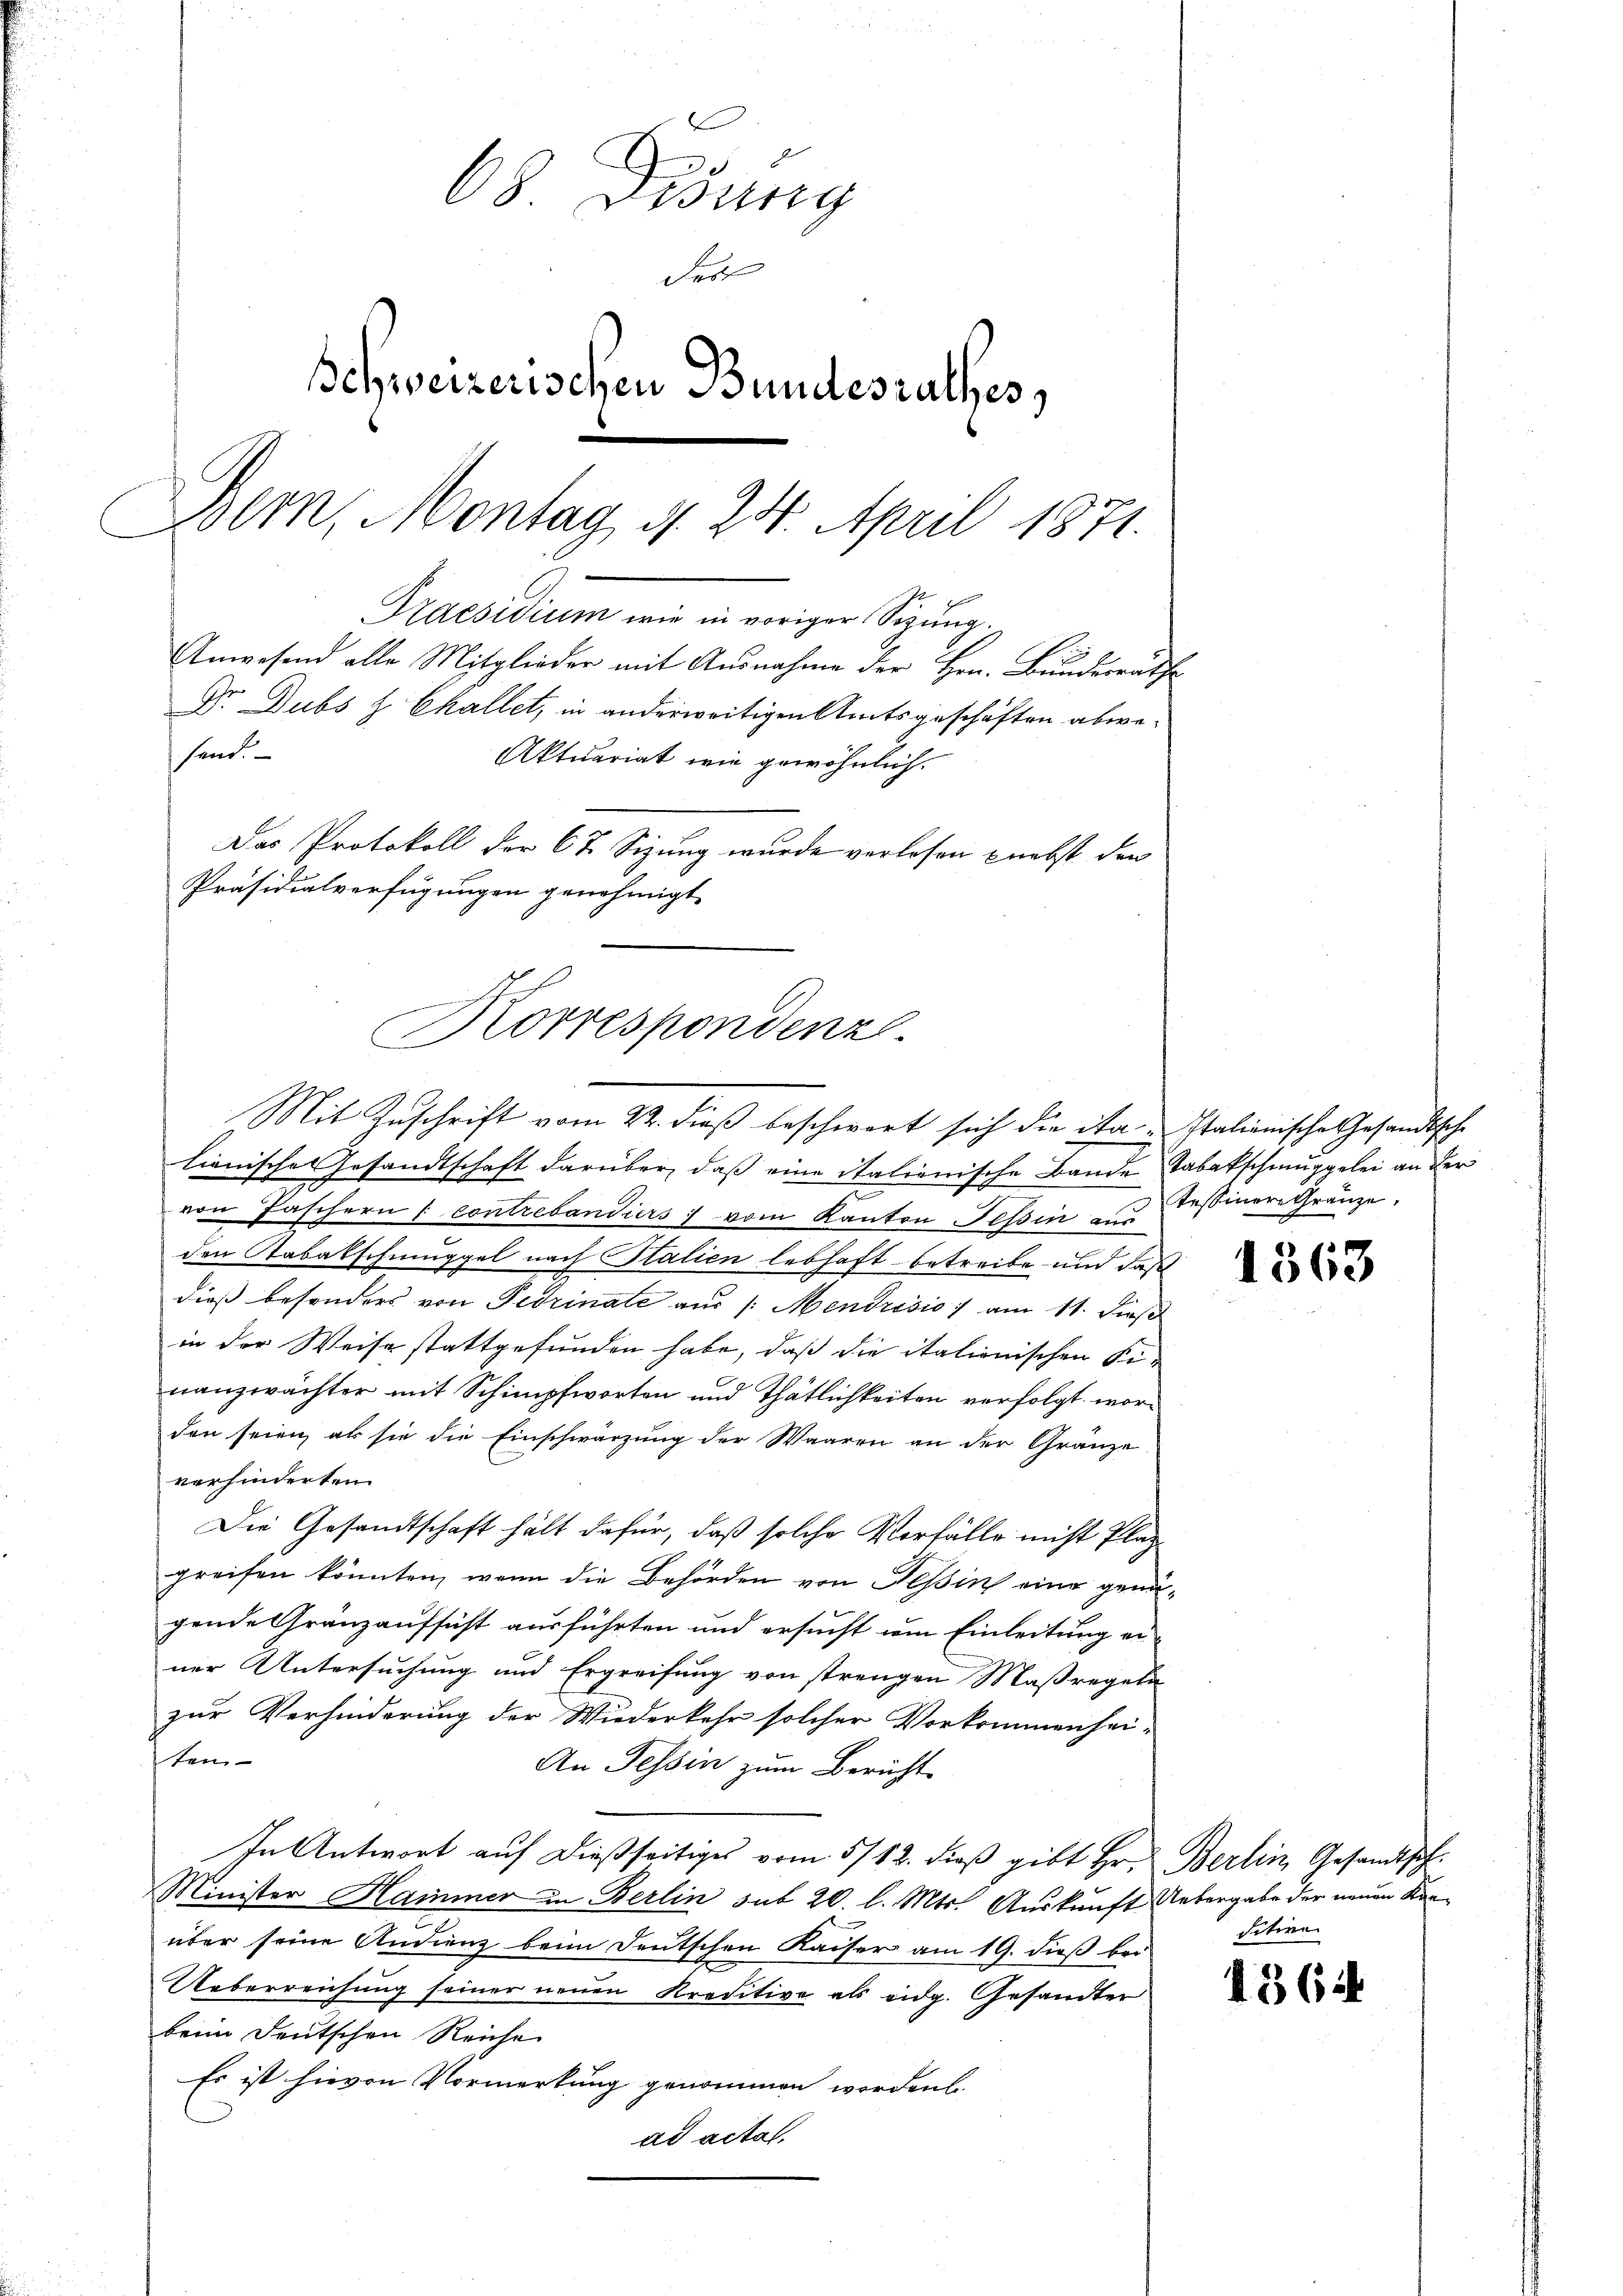
68 Disung
des
Schweizerischen Bundesrathes,
Bern, Montag d. 24. April 1871.
Praesidium an weniger Sirung.
Anwesend alle Mitglieder mit Ausnahme der Hrn. Bundesrathe
Dr. Dubs z Challet, in anderweitigen Amtsgeschäften abwesend.
Aktuariat wie gewöhnlich.
Das Protokoll der 67 Sizung wurde verlesen nebst den
Präsidialverfügungen genehmigt.

Korrespondenz.
Mit Zuschrift vom 22. dieß beschwort sich die ita Italienische Gesandtsche

lienische Gesandtschaft darüber, daß eine italienische Bande Tabakschmuggelei an der
von Faschern / contrebandiers vom Kanton Tessin aus
den Stabakschmüppel nach Italien lebhaft betreibe und daß
dieß besonders von Fedzinale aus /: Mendrisio) am 11. dieß
in der Weise stattgefunden habe, daß die italienischen Ki-
nanzwächter mit Schimpfworten und Thätlichkeiten verfolgt worden seien, als sie die Einschwärzung der Waaren an der Gränze
verhinderten
Die Gesandtschaft hält dafür, daß solche Vorfälle nicht Plaz
greifen könnten, wenn die Behörden von Heßin eine genügende Gränzaufsicht ausführten und ersucht um Einleitung er-
ner Untersuchung und Ergreifung von strengen Maßregeln
zur Verhinderung der Wiederkehr solcher Vorkommenhei-
tem
An Tessin zum Bericht
In Antwort auf dießseitiges vom 5/12. dieβ gibt Hr. Berlin Gesandtsch¬
Minister Hammer in Berlin sub 20. l. Mts. Auskunft Uebergabe der neuen Kanüber seine Andienz beim Deutschen Kaiser am 19. dieß bei-
Ueberreichung seiner neuen Kreditive als eidg. Gesandter
beim Deutschen Reiche
Es ist hievon Vormerkung genommen worden.
ad actat.

Tessinere Gränze.

1563

sitire

1364